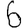
Digit: 6